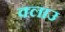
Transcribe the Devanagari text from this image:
क्लाउ